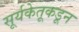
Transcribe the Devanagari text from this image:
सूर्यकेतूकडून